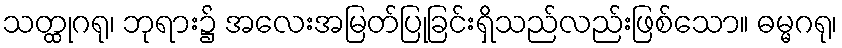
သတ္ထုဂရု၊ ဘုရား၌ အလေးအမြတ်ပြုခြင်းရှိသည်လည်းဖြစ်သော။ ဓမ္မဂရု၊